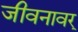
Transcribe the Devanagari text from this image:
जीवनावर्